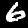
Label: 6